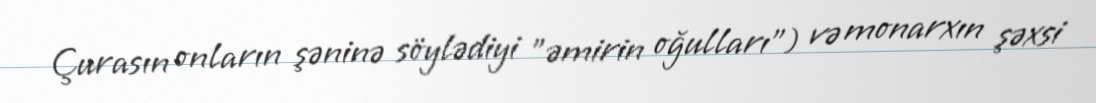
Çurasın onların şəninə söylədiyi "əmirin oğulları") və monarxın şəxsi